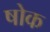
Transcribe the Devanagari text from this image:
षोक